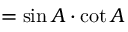
= \sin A \cdot \cot A